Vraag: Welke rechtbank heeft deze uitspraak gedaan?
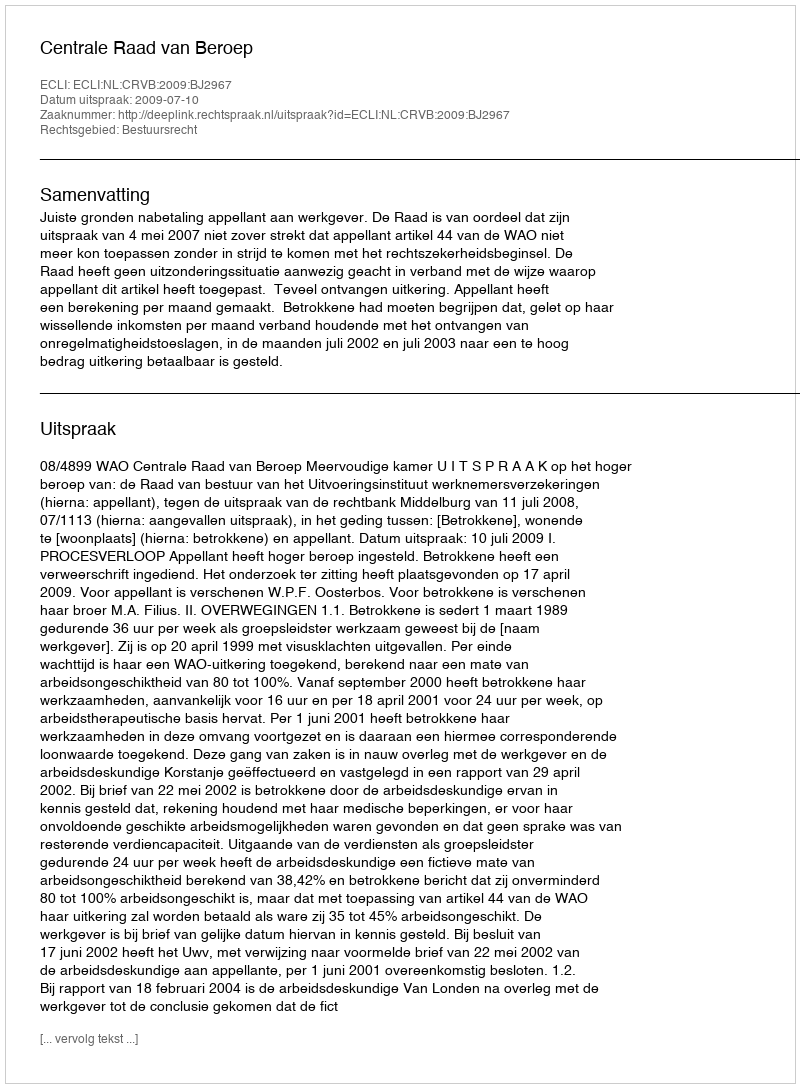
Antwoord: Centrale Raad van Beroep